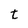
Character: t